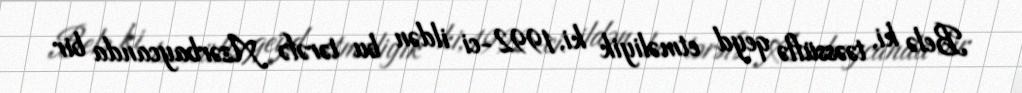
Belə ki, təəssüflə qeyd etməliyik ki, 1992-ci ildən bu tərəfə Azərbaycanda bir